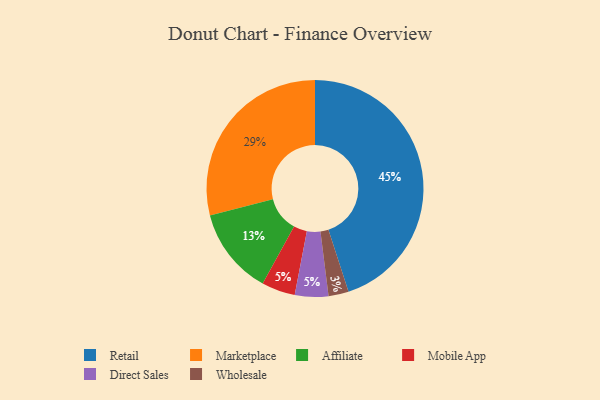
{"axis": {"x": "Category", "y": "Percentage"}, "legend": ["Affiliate", "Direct Sales", "Marketplace", "Mobile App", "Retail", "Wholesale"], "data": [{"x": "Mobile App", "y": 5, "type": "Mobile App"}, {"x": "Affiliate", "y": 13, "type": "Affiliate"}, {"x": "Retail", "y": 45, "type": "Retail"}, {"x": "Marketplace", "y": 29, "type": "Marketplace"}, {"x": "Direct Sales", "y": 5, "type": "Direct Sales"}, {"x": "Wholesale", "y": 3, "type": "Wholesale"}]}